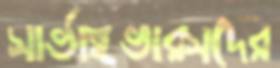
সার্ভাইভারসদের